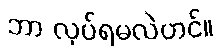
ဘာ လုပ်ရမလဲဟင်။